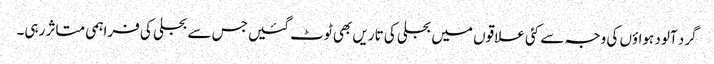
گرد آلود ہواؤں کی وجہ سے کئی علاقوں میں بجلی کی تاریں بھی ٹوٹ گئیں جس سے بجلی کی فراہمی متاثر رہی۔